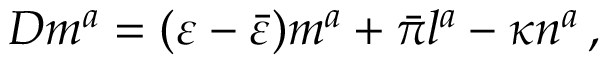
D m ^ { a } = ( \varepsilon - { \bar { \varepsilon } } ) m ^ { a } + { \bar { \pi } } l ^ { a } - \kappa n ^ { a } \, ,